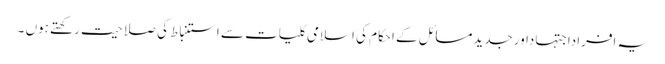
یہ افراداجتہاداورجدیدمسائل کے احکام کی اسلامی کلیات سے استنباط کی صلاحیت رکھتے ہوں ۔